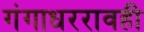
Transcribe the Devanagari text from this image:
गंगाधररावही